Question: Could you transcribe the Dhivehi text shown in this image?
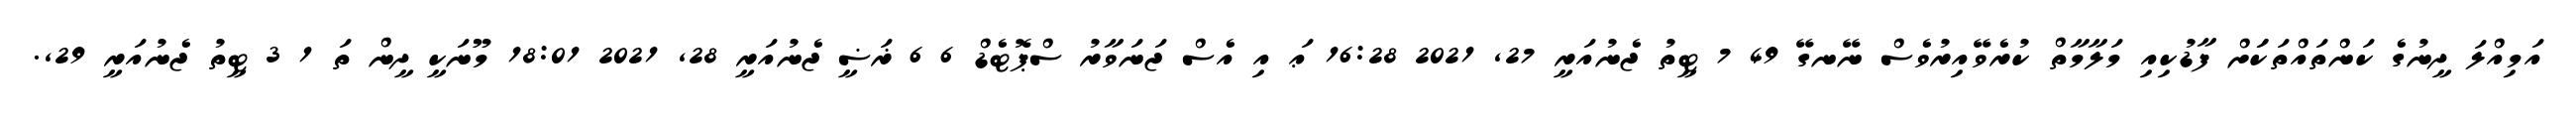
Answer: އަމިއްލަ ދީނުގެ ކަންތައްތަކަަށް ފާޑުކިއި މަލާމާތް ކުރެވޭއިރުވެސް ނޭނގޭ 49 7 ޓީތު ޖެނުއަރީ 27, 2021 16:28 ޢަ އި އެސް ޖަނަވާރު ސްޕޮޓެޑް 6 6 ޜަޟީ ޖެނުއަރީ 28, 2021 18:01 މޫނަކީ ދީން ތަ 1 3 ޓީތު ޖެނުއަރީ 29,.